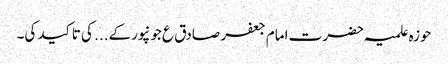
حوزہ علمیہ حضرت امام جعفر صادق ع جونپورکے... کی تاکید کی۔